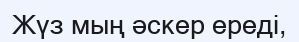
Жүз мың әскер ереді,